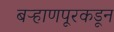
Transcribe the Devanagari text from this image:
बऱ्हाणपूरकडून